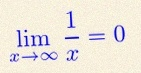
\lim_{x\to\infty}\frac{1}{x}=0